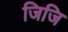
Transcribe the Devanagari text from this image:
जिजि